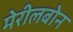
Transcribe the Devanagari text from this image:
मेरीलबोन